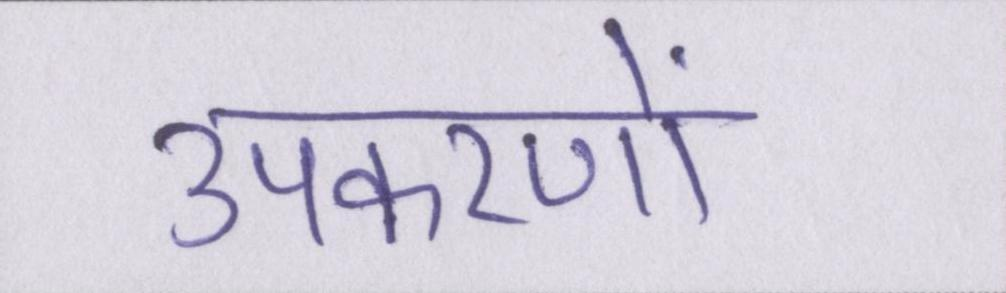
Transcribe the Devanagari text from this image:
उपकरणों